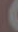
)